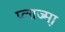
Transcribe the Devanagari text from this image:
प्लाज्म़ा